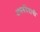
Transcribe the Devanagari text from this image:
अथर्ववेदाची